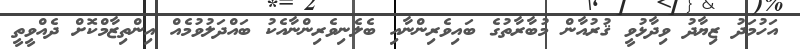
އަހުމަދު ޒިޔާދު ވިދާޅުވީ ޤުރުއާން މުބާރާތުގެ ބައިވެރިންނާއި ބެލެނިވެރިންނާއެކު ބައްދަލުވުމެއް އިންތިޒާމްކޮށް ދެއްވީތީ